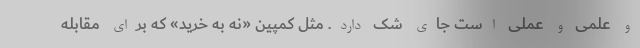
و علمی و عملی است جای شک دارد. مثل کمپین «نه به خرید» که برای مقابله